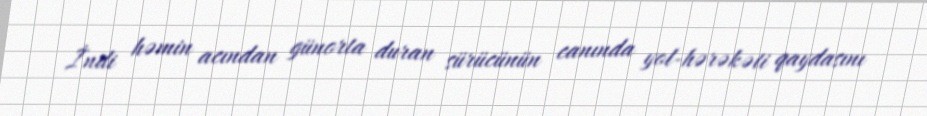
İndi həmin acından günorta duran sürücünün canında yol-hərəkəti qaydasını